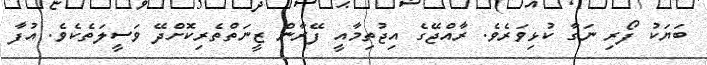
ބަޔަކު ފޯރި ނަގާ ކުޅިވަރެވެ. ރާއްޖޭގެ އިޖުތިމާއީ ފޭރާން ޒީނަތްތެރިކޮށްދޭ ވަސީލަތެކެވެ. އުފާ